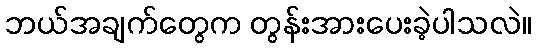
ဘယ်အချက်တွေက တွန်းအားပေးခဲ့ပါသလဲ။